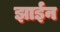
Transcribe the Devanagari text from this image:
झाईन